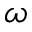
\omega